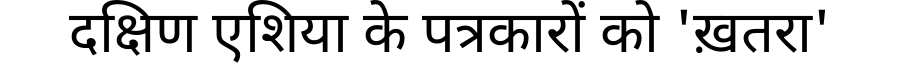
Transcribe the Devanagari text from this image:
दक्षिण एशिया के पत्रकारों को 'ख़तरा'